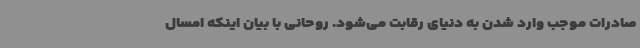
صادرات موجب وارد شدن به دنیای رقابت می‌شود. روحانی با بیان اینکه امسال